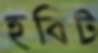
হবিট